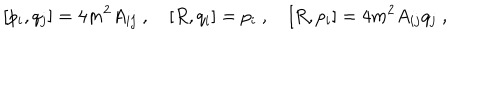
LaTeX: [ p _ { i } , q _ { j } ] = 4 m ^ { 2 } A _ { i j } \ , \quad [ R , q _ { i } ] = p _ { i } \ , \quad [ R , p _ { i } ] = 4 m ^ { 2 } A _ { i j } q _ { j } \ ,